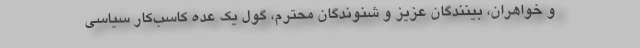
و خواهران، بینندگان عزیز و شنوندگان محترم، گول یک عده کاسب‌کار سیاسی